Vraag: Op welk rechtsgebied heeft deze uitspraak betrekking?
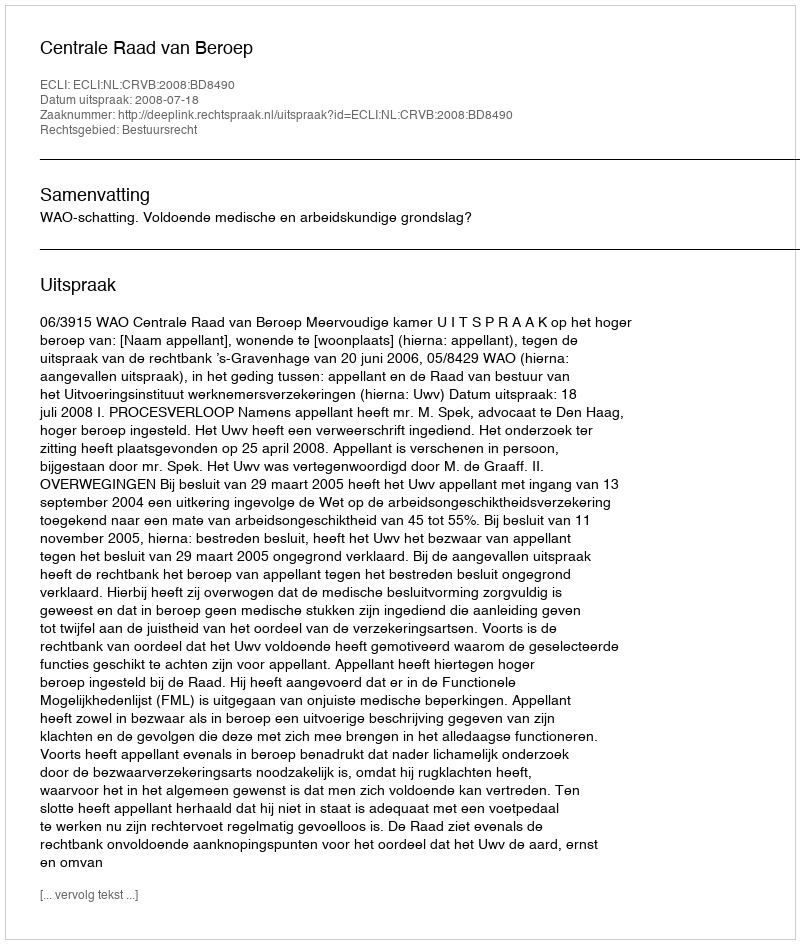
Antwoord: Bestuursrecht